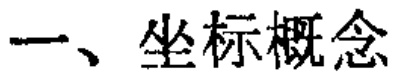
一、坐标概念